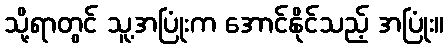
သို့ရာတွင် သူ့အပြုံးက အောင်နိုင်သည့် အပြုံး။